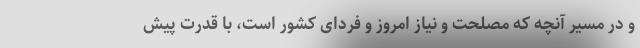
و در مسیر آنچه که مصلحت و نیاز امروز و فردای کشور است، با قدرت پیش